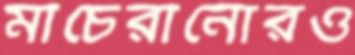
মাচেরানোরও